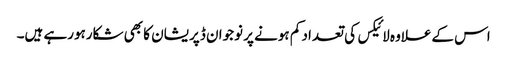
اس کےعلاوہ لائیکس کی تعداد کم ہونے پر نوجوان ڈپریشان کا بھی شکارہورہے ہیں۔